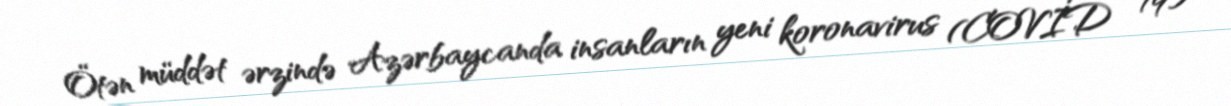
Ötən müddət ərzində Azərbaycanda insanların yeni koronavirus (COVİD - 19)